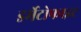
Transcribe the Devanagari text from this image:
डर्मेटोफाइट